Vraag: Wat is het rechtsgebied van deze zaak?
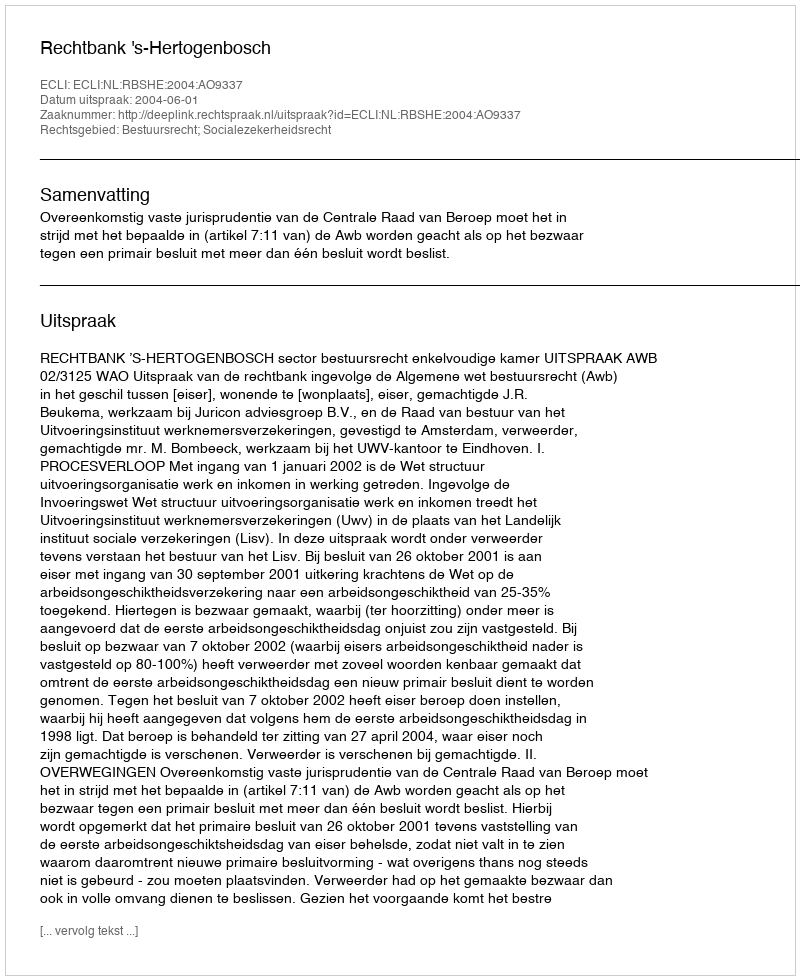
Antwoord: Bestuursrecht; Socialezekerheidsrecht